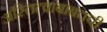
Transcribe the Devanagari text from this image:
अस्तित्वाबाबतची